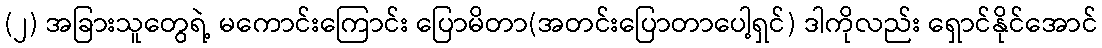
(၂) အခြားသူတွေရဲ့ မကောင်းကြောင်း ပြောမိတာ(အတင်းပြောတာပေါ့ရှင်) ဒါကိုလည်း ရှောင်နိုင်အောင်